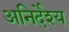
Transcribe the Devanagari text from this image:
अनिर्देश्य